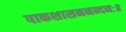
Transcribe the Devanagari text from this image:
पाकशासननन्दनः॥